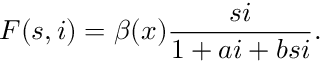
F ( s , i ) = \beta ( x ) \frac { s i } { 1 + a i + b s i } .